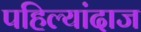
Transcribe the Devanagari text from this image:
पहिल्यांदाज